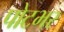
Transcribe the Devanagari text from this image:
पोटभर